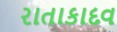
રાતાકાદવ